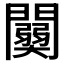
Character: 𨷊